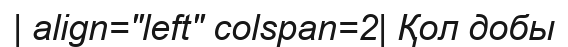
| align="left" colspan=2| Қол добы